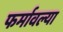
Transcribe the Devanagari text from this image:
फर्मावल्या